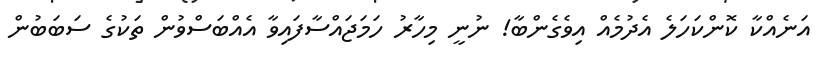
އަނެއްކާ ކޮންކަހަލެ އެދުމެއް އިވެގެންބާ! ނުނީ މިހާރު ހަމަޖައްސާފައިވާ އެއްބަސްވުން ތަކުގެ ސަބަބުން